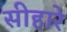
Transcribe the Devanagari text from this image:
सीहारे